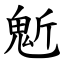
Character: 鬿